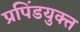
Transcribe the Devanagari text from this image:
प्रपिंडयुक्त